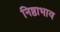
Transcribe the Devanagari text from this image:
निष्ठाभाव